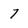
Character: 7